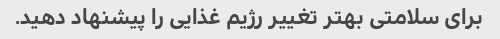
برای سلامتی بهتر تغییر رژیم غذایی را پیشنهاد دهید.